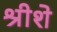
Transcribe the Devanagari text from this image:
श्रीशे